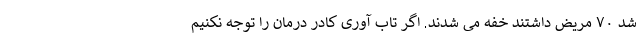
شد ۷۰ مریض داشتند خفه می شدند. اگر تاب آوری کادر درمان را توجه نکنیم